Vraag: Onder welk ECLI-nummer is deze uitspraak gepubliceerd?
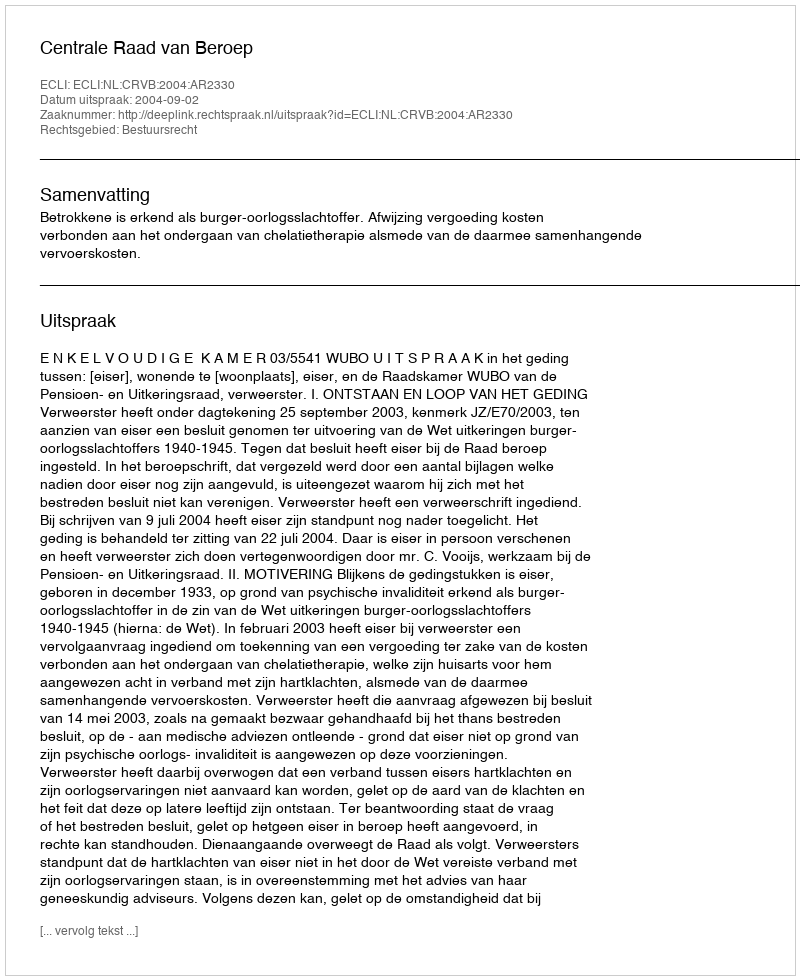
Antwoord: ECLI:NL:CRVB:2004:AR2330